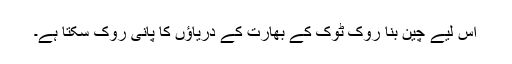
اس لیے چین بنا روک ٹوک کے بھارت کے دریاؤں کا پانی روک سکتا ہے۔